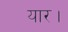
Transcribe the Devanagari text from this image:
यार।